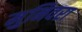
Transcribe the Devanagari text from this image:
मुनिवरा